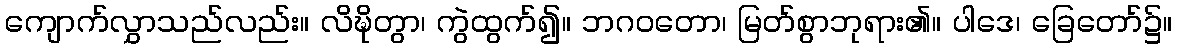
ကျောက်လွှာသည်လည်း။ လိဍ္ဎိတွာ၊ ကွဲထွက်၍။ ဘဂဝတော၊ မြတ်စွာဘုရား၏။ ပါဒေ၊ ခြေတော်၌။